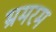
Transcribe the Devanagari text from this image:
भ्रमरम